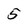
Character: 5